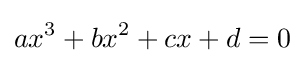
ax^{3}+bx^{2}+cx+d=0